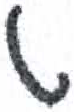
אות: ט